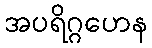
အပရိဂ္ဂဟေန